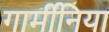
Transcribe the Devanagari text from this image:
गार्मीनिया